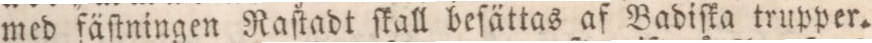
med fäſtningen Raſtadt ſkall beſättas af Badiſka trupper.